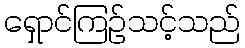
ရှောင်ကြဉ်သင့်သည်